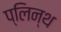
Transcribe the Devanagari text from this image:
प्लिन्थ